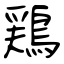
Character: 鶏